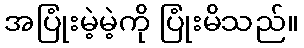
အပြုံးမဲ့မဲ့ကို ပြုံးမိသည်။